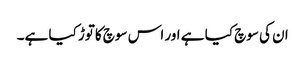
ان کی سوچ کیا ہے اور اس سوچ کاتوڑ کیا ہے۔